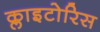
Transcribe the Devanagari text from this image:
क्लाइटोरिस